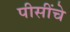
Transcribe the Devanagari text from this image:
पीसींचे